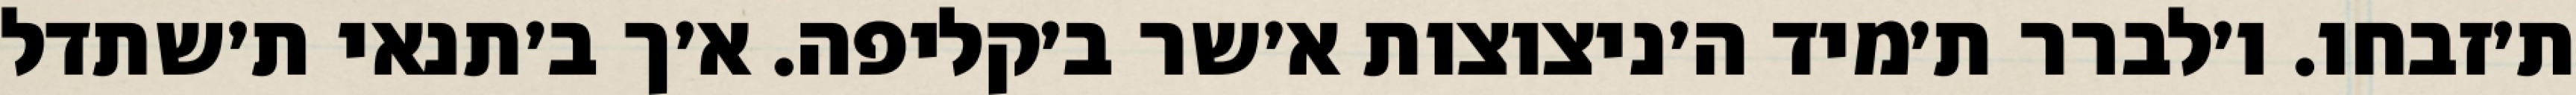
ת׳זבחו. ו׳לברר ת׳מיד ה׳ניצוצות א׳שר ב׳קליפה. א׳ך ב׳תנאי ת׳שתדל